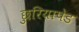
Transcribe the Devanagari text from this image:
छुरियापेड